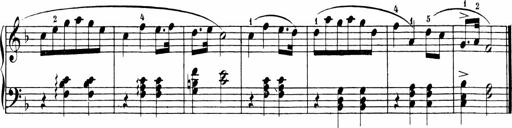
Title: 6 Sonatinas
Composer: Carl Reinecke